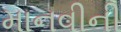
માનવીની